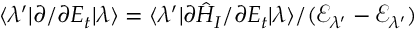
\langle \lambda ^ { \prime } | \partial / \partial E _ { t } | \lambda \rangle = \langle \lambda ^ { \prime } | \partial \hat { H } _ { I } / \partial E _ { t } | \lambda \rangle / ( \mathcal { E } _ { \lambda ^ { \prime } } - \mathcal { E } _ { \lambda ^ { \prime } } )